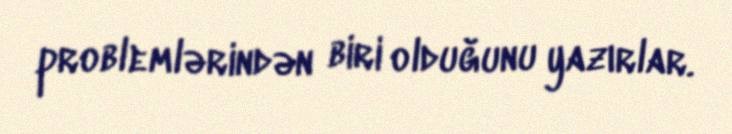
problemlərindən biri olduğunu yazırlar.